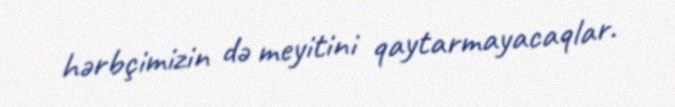
hərbçimizin də meyitini qaytarmayacaqlar.